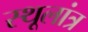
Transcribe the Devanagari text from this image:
स्‍थूलांत्र